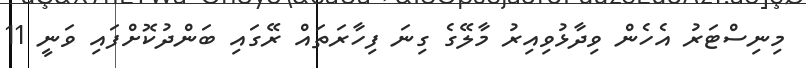
މިނިސްޓަރު އެހެން ވިދާޅުވިއިރު މާލޭގެ ގިނަ ފިހާރަތައް ރޭގައި ބަންދުކޮށްފައި ވަނީ 11